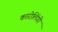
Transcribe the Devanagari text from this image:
कारोलिंगी